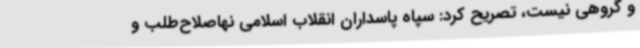
و گروهی نیست، تصریح کرد: سپاه پاسداران انقلاب اسلامی نهاصلاح‌طلب و